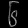
Digit: ၆